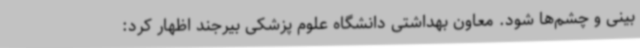
بینی و چشم‌ها شود. معاون بهداشتی دانشگاه علوم پزشکی بیرجند اظهار کرد: